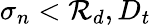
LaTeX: \sigma_{n}<\mathcal{R}_{d},D_{t}